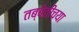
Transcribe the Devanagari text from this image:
तब्बेतीच्या